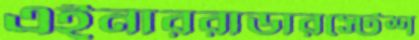
এইনাররাডারস্টেশ